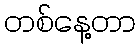
တစ်နေ့တာ